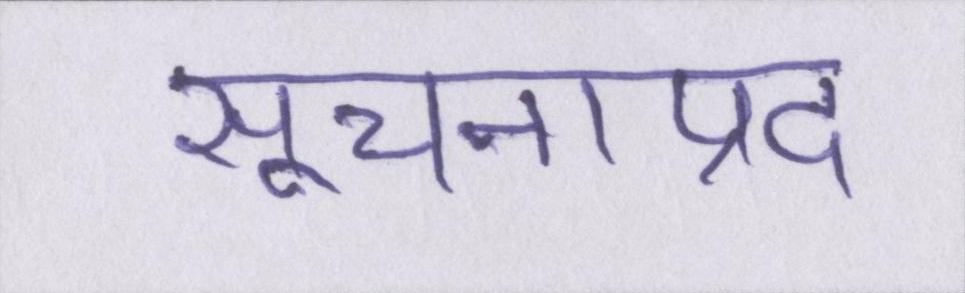
सूचनाप्रद